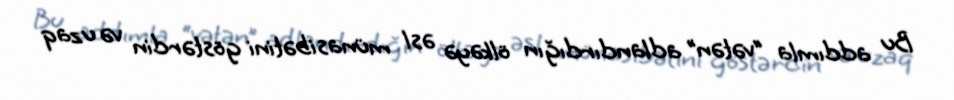
Bu addımla “vətən” adlandırdığın ölkəyə əsl münasibətini göstərdin və uzaq